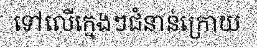
ទៅលើក្មេងៗជំនាន់ក្រោយ